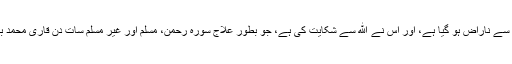
(باباجی) ڈاکٹر جاوید کہتے ہیں کہ کوئی ﷲ والا دنیا والوں سے ناراض ہو گیا ہے، اور اس نے ﷲ سے شکایت کی ہے، جو بطور علاج سورہ رحمٰن، مسلم اور غیر مسلم سات دن قاری محمد باسط کی آواز میں سنے گا وہ اس بیماری سے بچ جائے گا۔